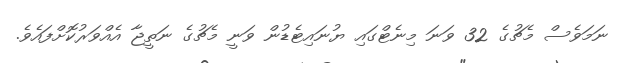
ނަމަވެސް މެޗުގެ 32 ވަނަ މިނެޓްގައި ޔުނައިޓެޑުން ވަނީ މެޗުގެ ނަތީޖާ އެއްވަރުކޮށްފައެވެ.